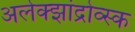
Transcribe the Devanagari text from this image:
अलेक्झांद्रोव्स्क